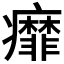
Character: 𬏿